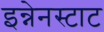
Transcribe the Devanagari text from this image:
इन्नेनस्टाट